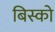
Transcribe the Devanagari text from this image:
बिस्को